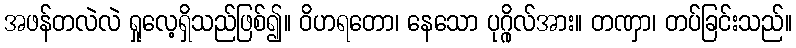
အဖန်တလဲလဲ ရှုလေ့ရှိသည်ဖြစ်၍။ ဝိဟရတော၊ နေသော ပုဂ္ဂိုလ်အား။ တဏှာ၊ တပ်ခြင်းသည်။